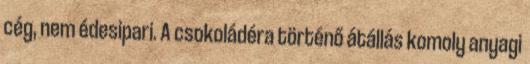
cég, nem édesipari. A csokoládéra történő átállás komoly anyagi